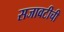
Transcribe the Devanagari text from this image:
सजावटीची